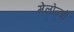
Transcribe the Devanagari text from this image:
मेलोज्ज़ो